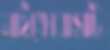
মাইক্রোবাসটি